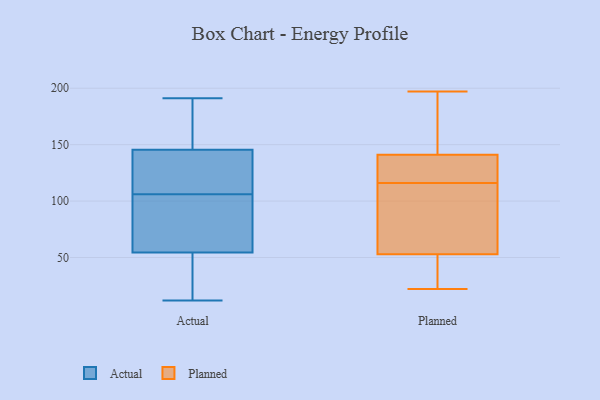
{"axis": {"x": "Customer Acquisition Cost (USD)", "y": "Value"}, "legend": ["Actual", "Planned"], "data": [{"x": "", "y": 185, "type": "Actual"}, {"x": "", "y": 29, "type": "Actual"}, {"x": "", "y": 116, "type": "Actual"}, {"x": "", "y": 106, "type": "Actual"}, {"x": "", "y": 179, "type": "Actual"}, {"x": "", "y": 136, "type": "Actual"}, {"x": "", "y": 126, "type": "Actual"}, {"x": "", "y": 174, "type": "Actual"}, {"x": "", "y": 69, "type": "Actual"}, {"x": "", "y": 78, "type": "Actual"}, {"x": "", "y": 86, "type": "Actual"}, {"x": "", "y": 53, "type": "Actual"}, {"x": "", "y": 26, "type": "Actual"}, {"x": "", "y": 55, "type": "Actual"}, {"x": "", "y": 12, "type": "Actual"}, {"x": "", "y": 136, "type": "Actual"}, {"x": "", "y": 191, "type": "Actual"}, {"x": "", "y": 134, "type": "Planned"}, {"x": "", "y": 34, "type": "Planned"}, {"x": "", "y": 175, "type": "Planned"}, {"x": "", "y": 39, "type": "Planned"}, {"x": "", "y": 45, "type": "Planned"}, {"x": "", "y": 132, "type": "Planned"}, {"x": "", "y": 155, "type": "Planned"}, {"x": "", "y": 107, "type": "Planned"}, {"x": "", "y": 134, "type": "Planned"}, {"x": "", "y": 125, "type": "Planned"}, {"x": "", "y": 22, "type": "Planned"}, {"x": "", "y": 62, "type": "Planned"}, {"x": "", "y": 197, "type": "Planned"}, {"x": "", "y": 141, "type": "Planned"}, {"x": "", "y": 97, "type": "Planned"}, {"x": "", "y": 163, "type": "Planned"}, {"x": "", "y": 53, "type": "Planned"}, {"x": "", "y": 99, "type": "Planned"}]}